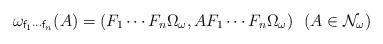
LaTeX: \begin{align*} \omega_{{\sf f}_1\cdots{\sf f}_n}(A) = (F_1 \cdots F_n\Omega_\omega,A F_1 \cdots F_n\Omega_\omega) \ \ (A \in \mathcal{N}_\omega) \end{align*}